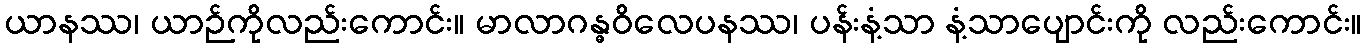
ယာနဿ၊ ယာဉ်ကိုလည်းကောင်း။ မာလာဂန္ဓဝိလေပနဿ၊ ပန်းနံ့သာ နံ့သာပျောင်းကို လည်းကောင်း။